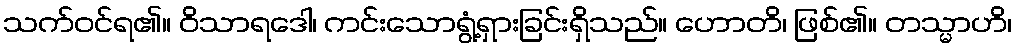
သက်ဝင်ရ၏။ ဝိသာရဒေါ၊ ကင်းသောရွံ့ရှားခြင်းရှိသည်။ ဟောတိ၊ ဖြစ်၏။ တသ္မာဟိ၊